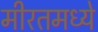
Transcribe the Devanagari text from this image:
मीरतमध्ये